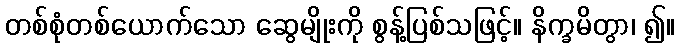
တစ်စုံတစ်ယောက်သော ဆွေမျိုးကို စွန့်ပြစ်သဖြင့်။ နိက္ခမိတွာ၊ ၍။